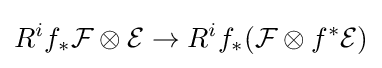
R^{i}f_{*}{\mathcal {F}}\otimes {\mathcal {E}}\to R^{i}f_{*}({\mathcal {F}}\otimes f^{*}{\mathcal {E}})